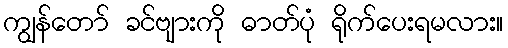
ကျွန်တော် ခင်ဗျားကို ဓာတ်ပုံ ရိုက်ပေးရမလား။